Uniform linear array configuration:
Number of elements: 64
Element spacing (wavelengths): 0.5
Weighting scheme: kaiser
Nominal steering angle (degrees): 0
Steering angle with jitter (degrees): -0.1846
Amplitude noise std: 0.05
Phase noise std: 0.05

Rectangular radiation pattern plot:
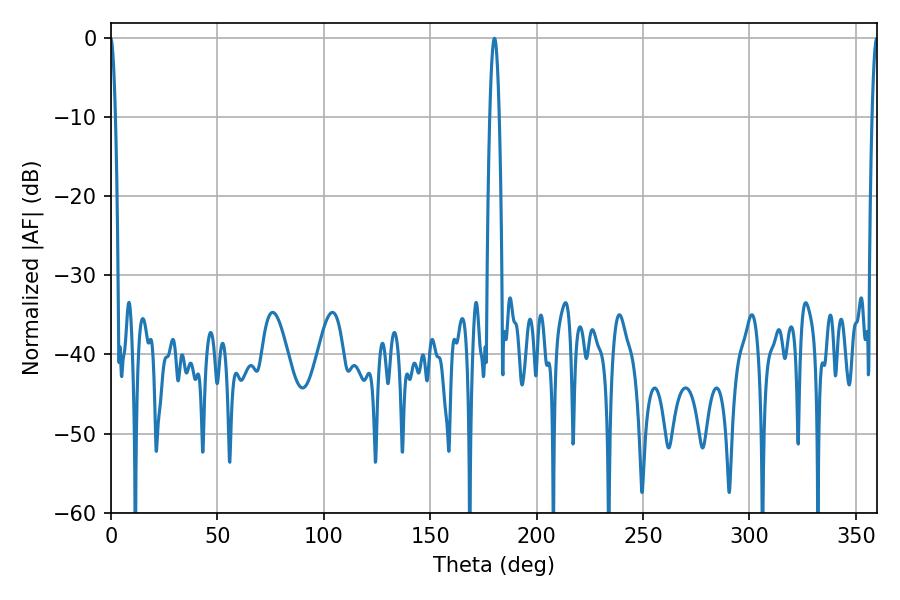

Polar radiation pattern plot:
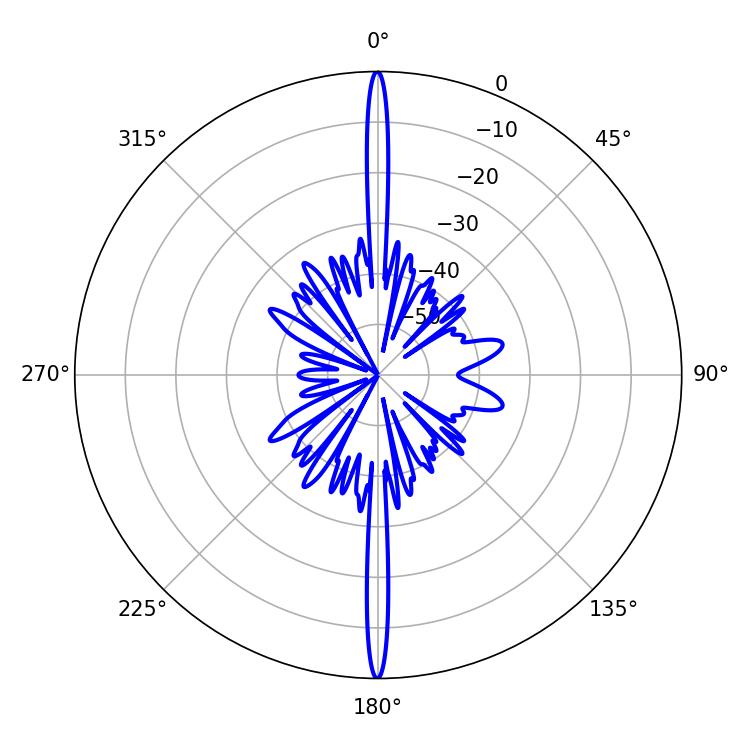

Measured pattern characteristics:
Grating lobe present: FALSE
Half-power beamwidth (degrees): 2.52
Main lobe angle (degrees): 180.18